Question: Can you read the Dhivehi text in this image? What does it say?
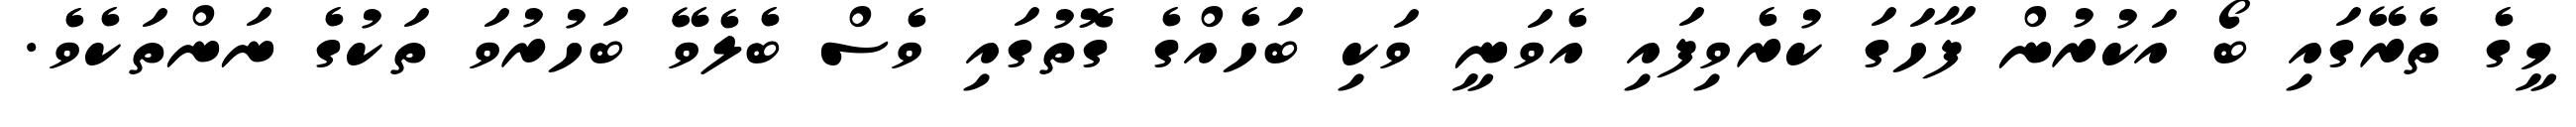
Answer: މީގެ ތެރޭގައި ބޯ އަކުރުން ފާހަގަ ކުރެވިފައި އެވަނީ ވަކި ބަހެއްގެ ގޮތުގައި ވެސް ބެލެވޭ ބަހުރުވަ ތަކުގެ ނަންތަކެވެ.